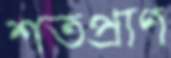
শতপ্রাণ